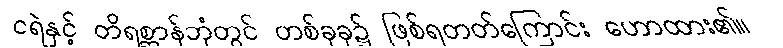
ငရဲနှင့် တိရစ္ဆာန်ဘုံတွင် တစ်ခုခု၌ ဖြစ်ရတတ်ကြောင်း ဟောထား၏။